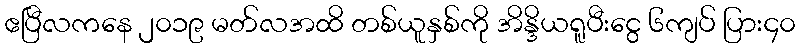
ဧပြီလကနေ ၂၀၁၉ မတ်လအထိ တစ်ယူနှစ်ကို အိန္ဒိယရူပီးငွေ ၆ကျပ် ပြား၄၀